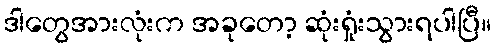
ဒါတွေအားလုံးက အခုတော့ ဆုံးရှုံးသွားရပါပြီ။